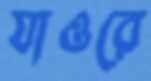
যাওরে